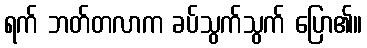
ရက် ဘတ်တလာက ခပ်သွက်သွက် ပြော၏။